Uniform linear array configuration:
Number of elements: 32
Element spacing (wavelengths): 1
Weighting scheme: exponential
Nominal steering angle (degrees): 45
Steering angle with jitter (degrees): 44.567
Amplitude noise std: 0.05
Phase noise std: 0.05

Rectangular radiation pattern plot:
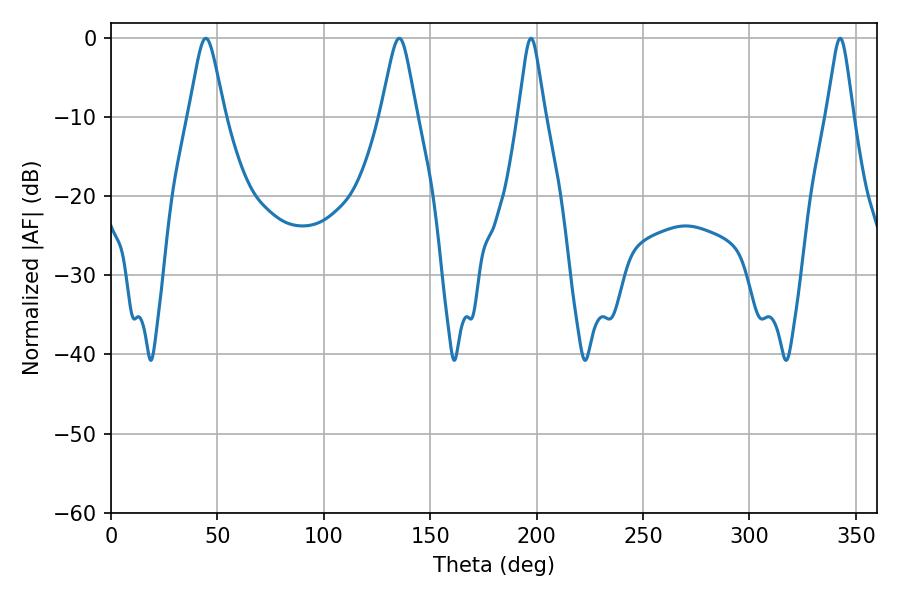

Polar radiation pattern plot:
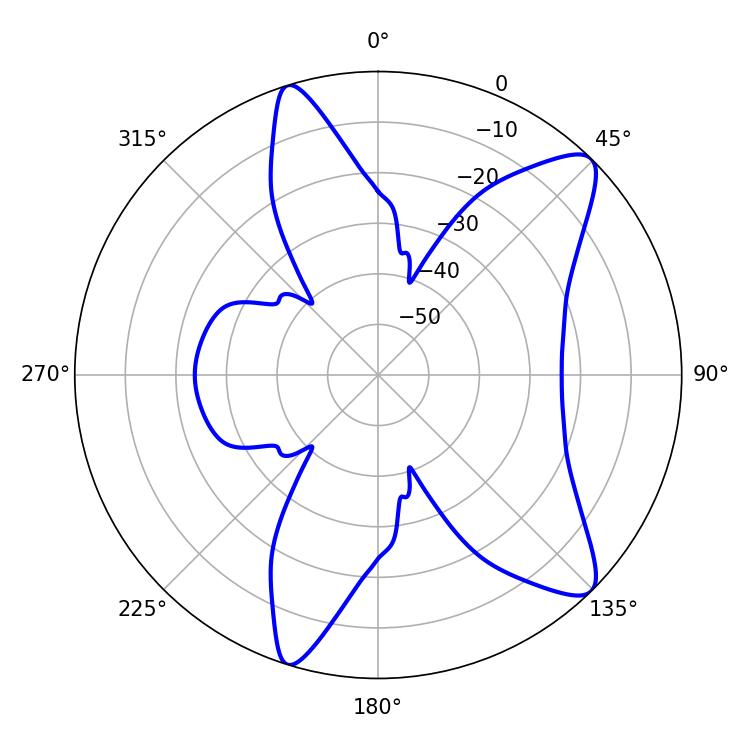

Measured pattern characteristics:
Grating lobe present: TRUE
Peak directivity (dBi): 10.737
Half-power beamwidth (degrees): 7.92
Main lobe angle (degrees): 44.46